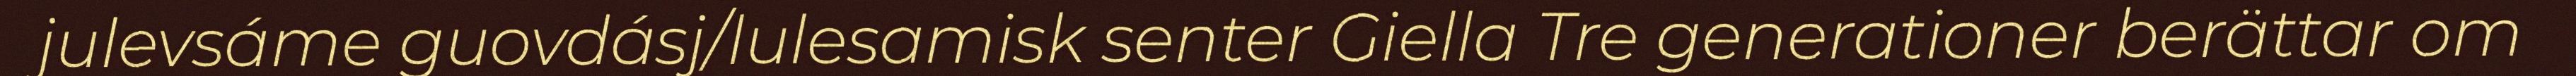
julevsáme guovdásj/lulesamisk senter Giella Tre generationer berättar om